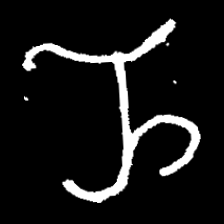
Pyu character \u2014 Myanmar letter: ည (romanized: nya)